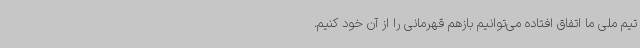
تیم ملی ما اتفاق افتاده می‌توانیم بازهم قهرمانی را از آن خود کنیم.